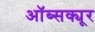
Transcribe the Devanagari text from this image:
ऑब्सक्यूर